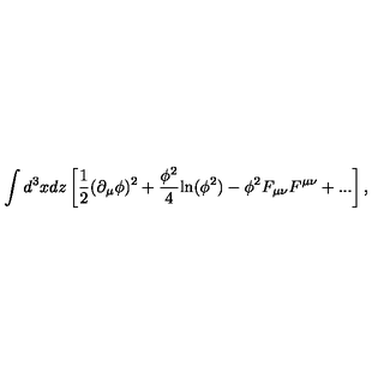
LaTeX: \int d ^ { 3 } x d z \left[ { \frac { 1 } { 2 } } ( \partial _ { \mu } \phi ) ^ { 2 } + { \frac { \phi ^ { 2 } } { 4 } } \mathrm { l n } ( \phi ^ { 2 } ) - \phi ^ { 2 } F _ { \mu \nu } F ^ { \mu \nu } + . . . \right] ,